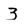
Character: 3